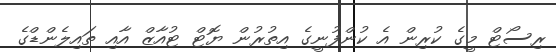
ރިސޯޓް މީގެ ކުރިން އެ ކުންފުނީގެ އިތުރުން ޔޮޓް ޓުއާޒް އާއި ތައިލެންޑްގެ